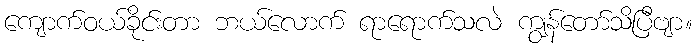
ကျောက်ဝယ်ခိုင်းတာ ဘယ်လောက် ရာရောက်သလဲ ကျွန်တော်သိပြီဗျာ။